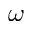
\omega